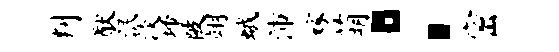
判猷泯淡埽陂翊蛾沛嫁萌：密